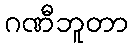
ဂဏီဘူတာ